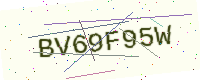
Text: BV69F95W